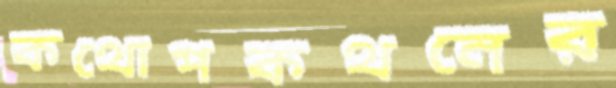
কথোপকথনের